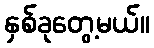
နှစ်ခုတွေ့မယ်။